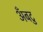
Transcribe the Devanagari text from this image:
अँबटु